Indian journal of veterinary science and animal husbandry - Volumes 26-27, 1956-1957
Year: 1956
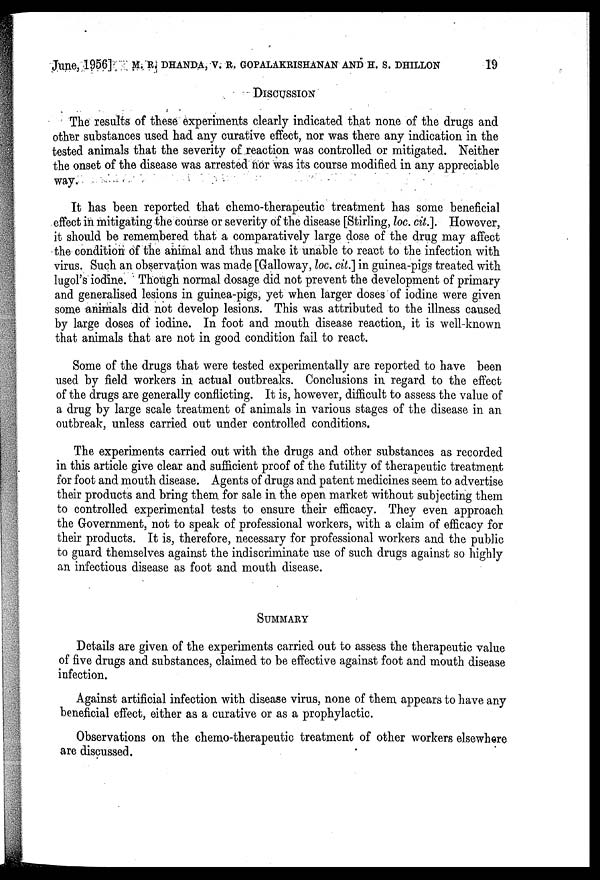
June, 1956] M. R. DHANDA, V. R. GOPALAKRI SHANAN AND H. S. DHILLON 19
DISCUSSION
The results of these experiments clearly indicated that none of the drugs and
other substances used had any curative effect, nor was there any indication in the
tested animals that the severity of reaction was controlled or mitigated. Neither
the onset of the disease was arrested nor was its course modified in any appreciable
way.
It has been reported that chemo-therapeutic treatment has some beneficial
effect in mitigating the course or severity of the disease [Stirling, loc. cit.]. However,
it should be remembered that a comparatively large dose of the drug may affect
the condition of the animal and thus make it unable to react to the infection with
virus. Such an observation was made [Galloway, loc. cit.] in guinea-pigs treated with
lugol's iodine. Though normal dosage did not prevent the development of primary
and generalised lesions in guinea-pigs, yet when larger doses of iodine were given
some animals did not develop lesions. This was attributed to the illness caused
by large doses of iodine. In foot and mouth disease reaction, it is well-known
that animals that are not in good condition fail to react.
Some of the drugs that were tested experimentally are reported to have been
used by field workers in actual outbreaks. Conclusions in regard to the effect
of the drugs are generally conflicting. It is, however, difficult to assess the value of
a drug by large scale treatment of animals in various stages of the disease in an
outbreak, unless carried out under controlled conditions.
The experiments carried out with the drugs and other substances as recorded
in this article give clear and sufficient proof of the futility of therapeutic treatment
for foot and mouth disease. Agents of drugs and patent medicines seem to advertise
their products and bring them for sale in the open market without subjecting them
to controlled experimental tests to ensure their efficacy. They even approach
the Government, not to speak of professional workers, with a claim of efficacy for
their products. It is, therefore, necessary for professional workers and the public
to guard themselves against the indiscriminate use of such drugs against so highly
an infectious disease as foot and mouth disease.
SUMMARY
Details are given of the experiments carried out to assess the therapeutic value
of five drugs and substances, claimed to be effective against foot and mouth disease
infection.
Against artificial infection with disease virus, none of them appears to have any
beneficial effect, either as a curative or as a prophylactic.
Observations on the chemo-therapeutic treatment of other workers elsewhere
are discussed.